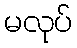
မလုပ်